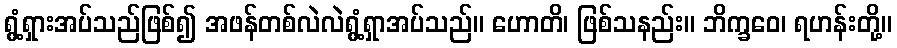
ရွံ့ရှားအပ်သည်ဖြစ်၍ အဖန်တစ်လဲလဲရွံ့ရှာအပ်သည်။ ဟောတိ၊ ဖြစ်သနည်း။ ဘိက္ခဝေ၊ ရဟန်းတို့။